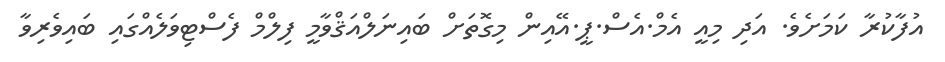
އުފާކުރާ ކަމަށެވެ. އަދި މިއީ އެމް.އެސް.ޕީ.އޭއިން މިގޮތަށް ބައިނަލްއަޤްވާމީ ފިލްމް ފެސްޓިވަލެއްގައި ބައިވެރިވާ